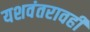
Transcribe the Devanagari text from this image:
यशवंतरावही